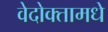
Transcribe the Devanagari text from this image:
वेदोक्तामधे